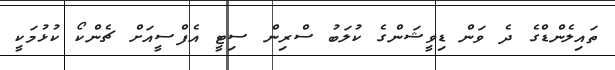
ތައިލެންޑްގެ ދެ ވަން ޑިވީޝަންގެ ކުލަބު ސްރިން ސިޓީ އެފްސީއަށް ޗެންކޯ ކުޅުމަކީ